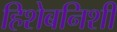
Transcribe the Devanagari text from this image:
हिशेबनिशी